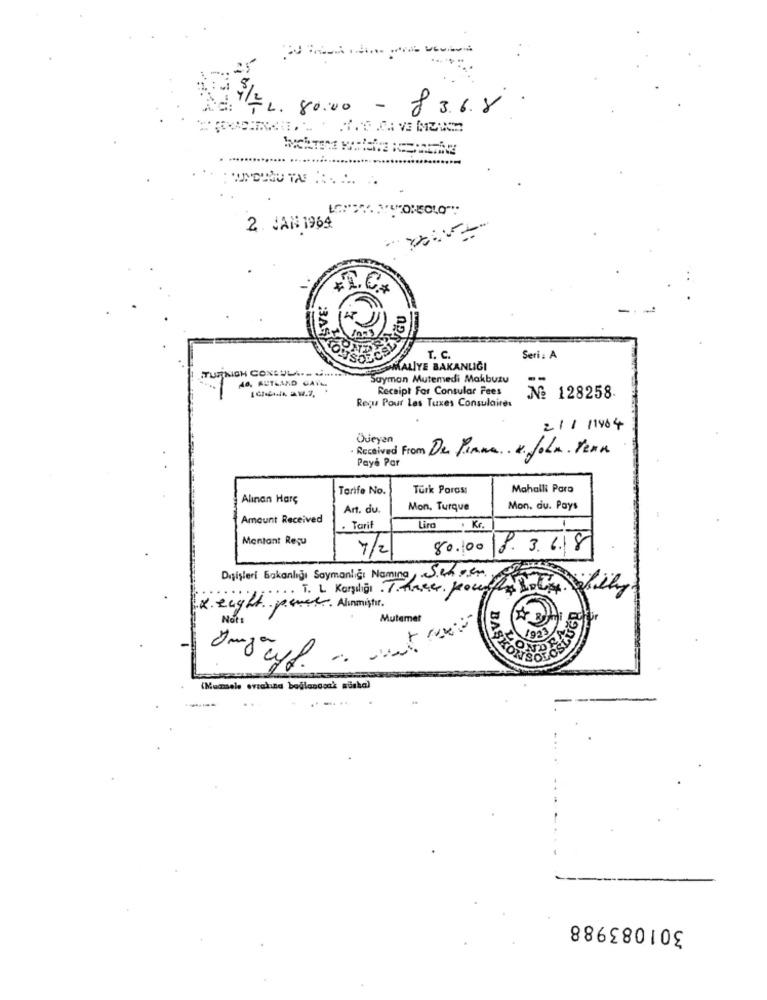
FL. 80.00 - 83.6.8 .
2. JAN 1964
*R.C.7
BJAST
SOECSV
T. C.
Seri: A
MALIYE BAKANLIĞI
NO. AUTLAND GAIL.
Sayman Mutemedi Makbuzu
Receipt For Consular Fees
Reçu Pour Les Taxes Consulaires
No 128258.
211 /1964
Üjeyan
Received From De Pinna & John team
Payé Par
Tarife No.
Türk Porası
Mahalli Para
Alınan Harç
Art. du.
Mon. Turque
Mon. du. Pays
Amount Received
. Tarif
Lira , Kc.
Montant Reçu
7/2
80.00
8368
Dışişleri Bakanlığı Saymanlığı Namina, Sichver.
T. L Karşılığı 7.K.
x. eight pense. Alimiştir.
Not
Mutemet
BASKON
(Memele evzakısa boğlanacak süska)
301083988